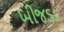
ખીજડા